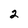
Character: 2